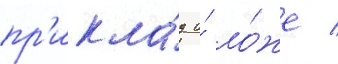
пр'икла́д и́ ло́же /